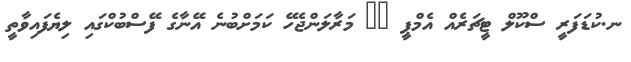
ނ.ކުޑަފަރީ ސްކޫލް ޓީޗަރެއް އެމްޕީ @_ މަރާލަންޖެހޭ ކަމަށްބުނެ އޭނާގެ ފޭސްބުކްގައި ލިޔެފައިވާތީ